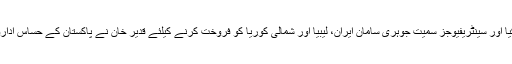
تاہم عام تاثر یہی ہے کہ اُنہوں نے یہ کام پیسے کے لالچ میں کیا اور سینٹریفیوجز سمیت جوہری سامان ایران، لیبیا اور شمالی کوریا کو فروخت کرنے کیلئے قدیر خان نے پاکستان کے حساس اداروں کے بعض افسران کو ممکنہ طور پر رشوت بھی دی ہو گی۔